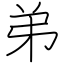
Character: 弟